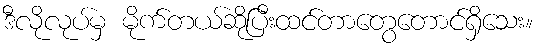
ဒီလိုလုပ်မှ မိုက်တယ်ဆိုပြီးထင်တာတွေတောင်ရှိသေး။